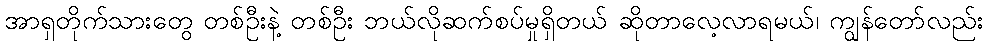
အာရှတိုက်သားတွေ တစ်ဦးနဲ့ တစ်ဦး ဘယ်လိုဆက်စပ်မှုရှိတယ် ဆိုတာလေ့လာရမယ်၊ ကျွန်တော်လည်း